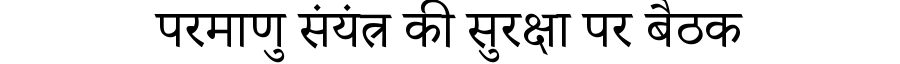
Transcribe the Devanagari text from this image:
परमाणु संयंत्र की सुरक्षा पर बैठक